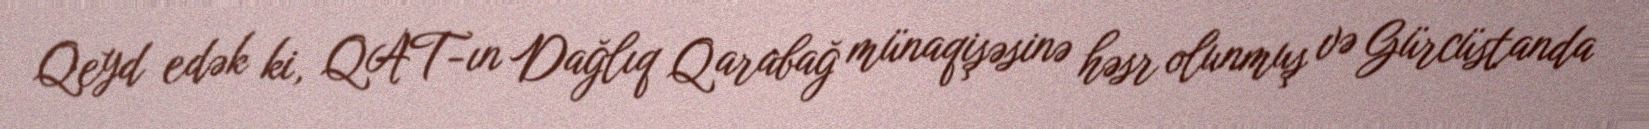
Qeyd edək ki, QAT-ın Dağlıq Qarabağ münaqişəsinə həsr olunmuş və Gürcüstanda